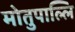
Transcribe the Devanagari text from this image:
मोतुपाल्लि